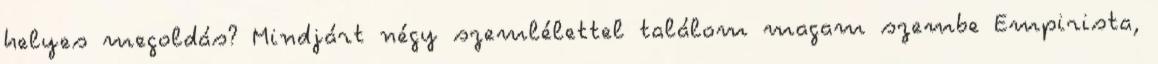
helyes megoldás? Mindjárt négy szemlélettel találom magam szembe Empirista,